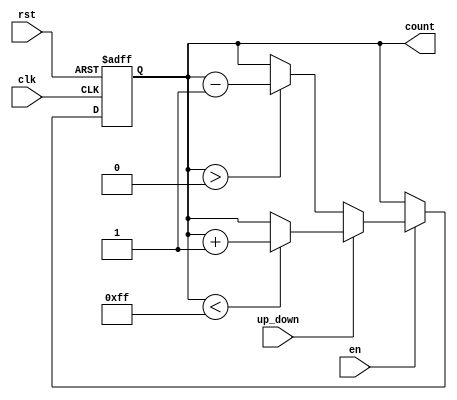
module UpDownCounter (
    input wire clk,          // Clock signal
    input wire rst,          // Reset signal (active high)
    input wire en,           // Enable signal (active high)
    input wire up_down,      // Up/Down control signal (1 for up, 0 for down)
    output reg [7:0] count   // Current count value (8-bit wide)
);

    // Parameter for maximum count value
    parameter MAX_COUNT = 255; // 8-bit counter maximum value

    // Synchronous operation
    always @(posedge clk or posedge rst) begin
        if (rst) begin
            count <= 8'b0; // Reset count to zero
        end else if (en) begin
            if (up_down) begin
                if (count < MAX_COUNT) begin
                    count <= count + 1; // Increment count
                end
            end else begin
                if (count > 0) begin
                    count <= count - 1; // Decrement count
                end
            end
        end
    end

endmodule